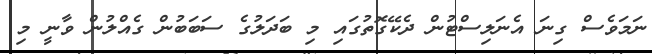
ނަމަވެސް ގިނަ އެނަލިސްޓުން ދެކޭގޮތުގައި މި ބަދަލުގެ ސަބަބުން ގެއްލުން ވާނީ މި